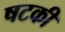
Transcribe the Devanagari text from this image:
षटकी